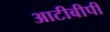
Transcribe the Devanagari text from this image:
आटीबीपी